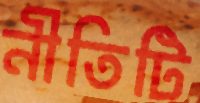
নীতিটি